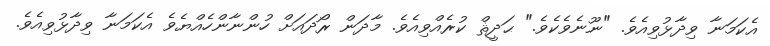
އެކަމަނާ ވިދާޅުވިއެވެ. "ނޫނެވެކެވެ." ޙަދީޘް ކުރެއްވިއެވެ. މާދަން ރޯދައަށް ހުންނާންހެއްޔެވެ އެކަމަނާ ވިދާޅުވިއެވެ.